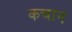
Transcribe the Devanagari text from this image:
कचान